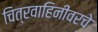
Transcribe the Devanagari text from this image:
चित्रवाहिनीवरचे